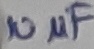
Text: 10µF